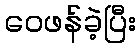
ဝေဖန်ခဲ့ပြီး